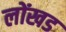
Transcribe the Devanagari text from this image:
लोंखड